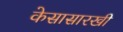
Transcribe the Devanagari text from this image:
केसासारखी